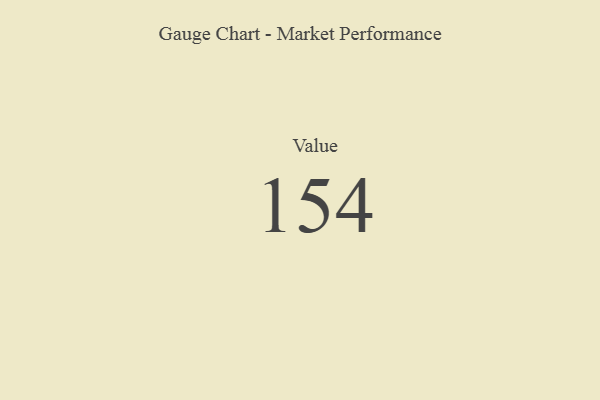
{"axis": {"x": "Metric", "y": "Value"}, "legend": [""], "data": [{"x": "Value", "y": 154, "type": ""}]}